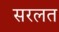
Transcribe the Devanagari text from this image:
सरलत